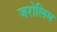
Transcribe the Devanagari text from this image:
जरोलिम